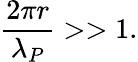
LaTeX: \frac{2\pi r}{\lambda_{P}}>>1.